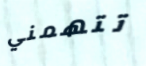
تتهمني